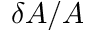
\delta A / A